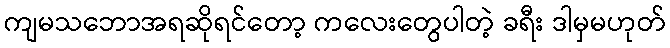
ကျမသဘောအရဆိုရင်တော့ ကလေးတွေပါတဲ့ ခရီး ဒါမှမဟုတ်